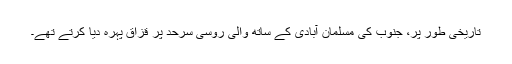
تاریخی طور پر، جنوب کی مسلمان آبادی کے ساتھ والی روسی سرحد پر قزاق پہرہ دیا کرتے تھے۔